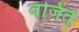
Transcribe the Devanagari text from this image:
वंजित